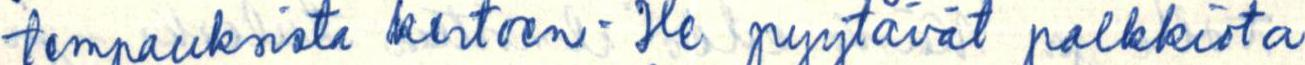
tempaulsista kertoen - He pyytävät palkkiota